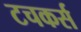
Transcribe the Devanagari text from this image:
टचकर्स